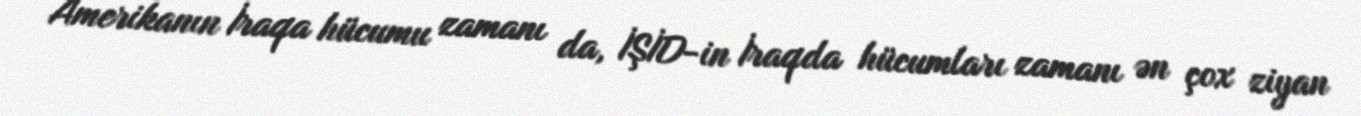
Amerikanın İraqa hücumu zamanı da, İŞİD-in İraqda hücumları zamanı ən çox ziyan